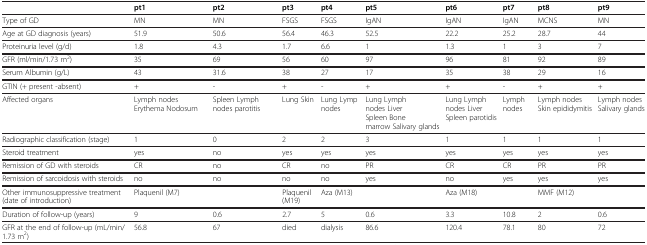
<table><thead><tr><td><b> </b></td><td><b>pt1</b></td><td><b>pt2</b></td><td><b>pt3</b></td><td><b>pt4</b></td><td><b>pt5</b></td><td><b>pt6</b></td><td><b>pt7</b></td><td><b>pt8</b></td><td><b>pt9</b></td></tr></thead><tbody><tr><td>Type of GD</td><td>MN</td><td>MN</td><td>FSGS</td><td>FSGS</td><td>IgAN</td><td>IgAN</td><td>IgAN</td><td>MCNS</td><td>MN</td></tr><tr><td>Age at GD diagnosis (years)</td><td>51.9</td><td>50.6</td><td>56.4</td><td>46.3</td><td>52.5</td><td>22.2</td><td>25.2</td><td>28.7</td><td>44</td></tr><tr><td>Proteinuria level (g/d)</td><td>1.8</td><td>4.3</td><td>1.7</td><td>6.6</td><td>1</td><td>1.3</td><td>1</td><td>3</td><td>7</td></tr><tr><td>GFR (ml/min/1.73 m<sup>2</sup>)</td><td>35</td><td>69</td><td>56</td><td>60</td><td>97</td><td>96</td><td>81</td><td>92</td><td>89</td></tr><tr><td>Serum Albumin (g/L)</td><td>43</td><td>31.6</td><td>38</td><td>27</td><td>17</td><td>35</td><td>38</td><td>29</td><td>16</td></tr><tr><td>GTIN (+ present -absent)</td><td>+</td><td>-</td><td>+</td><td>-</td><td>+</td><td>+</td><td>-</td><td>+</td><td>+</td></tr><tr><td>Affected organs</td><td>Lymph nodes Erythema Nodosum</td><td>Spleen Lymph nodes parotitis</td><td>Lung Skin</td><td>Lung Lymp nodes</td><td>Lung Lymph nodes Liver Spleen Bone marrow Salivary glands</td><td>Lung Lymph nodes Liver Spleen parotidis</td><td>Lymph nodes</td><td>Lymph nodes Skin epididymitis</td><td>Lymph nodes Salivary glands</td></tr><tr><td>Radiographic classification (stage)</td><td>1</td><td>0</td><td>2</td><td>2</td><td>3</td><td>1</td><td>1</td><td>1</td><td>1</td></tr><tr><td>Steroid treatment</td><td>yes</td><td>no</td><td>yes</td><td>yes</td><td>yes</td><td>yes</td><td>yes</td><td>yes</td><td>yes</td></tr><tr><td>Remission of GD with steroids</td><td>CR</td><td>no</td><td>CR</td><td>no</td><td>PR</td><td>CR</td><td>CR</td><td>PR</td><td>PR</td></tr><tr><td>Remission of sarcoidosis with steroids</td><td>no</td><td>no</td><td>no</td><td>no</td><td>yes</td><td>no</td><td>yes</td><td>yes</td><td>yes</td></tr><tr><td>Other immunosuppressive treatment (date of introduction)</td><td>Plaquenil (M7)</td><td> </td><td>Plaquenil (M19)</td><td>Aza (M13)</td><td> </td><td>Aza (M18)</td><td> </td><td>MMF (M12)</td><td> </td></tr><tr><td>Duration of follow-up (years)</td><td>9</td><td>0.6</td><td>2.7</td><td>5</td><td>0.6</td><td>3.3</td><td>10.8</td><td>2</td><td>0.6</td></tr><tr><td>GFR at the end of follow-up (mL/min/1.73 m<sup>2</sup>)</td><td>56.8</td><td>67</td><td>died</td><td>dialysis</td><td>86.6</td><td>120.4</td><td>78.1</td><td>80</td><td>72</td></tr></tbody></table>